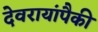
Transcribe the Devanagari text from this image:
देवरायांपैकी